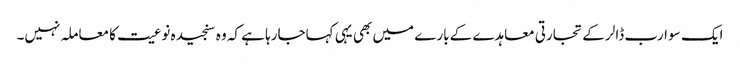
ایک سو ارب ڈالر کے تجارتی معاہدے کے بارے میں بھی یہی کہاجارہا ہے کہ وہ سنجیدہ نوعیت کا معاملہ نہیں۔